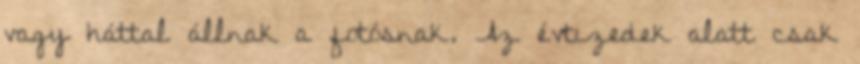
vagy háttal állnak a fotósnak. Az évtizedek alatt csak